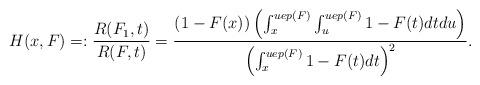
LaTeX: \begin{align*}H(x,F)=:\frac{R(F_1,t)}{R(F,t)}=\frac{(1-F(x))\left( \int_{x}^{uep(F)} \int_{u}^{uep(F)} 1-F(t)dt du \right)}{\left( \int_{x}^{uep(F)} 1-F(t)dt \right)^2}. \end{align*}